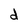
Character: d